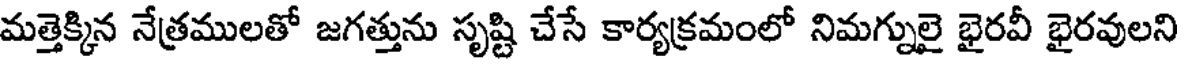
మత్తెక్కిన నేత్రములతో జగత్తును సృష్టి చేసే కార్యక్రమంలో నిమగ్నులై భైరవీ భైరవులని